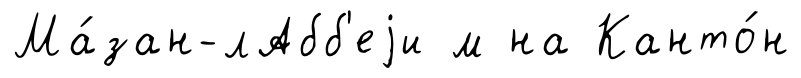
Ма́зан-лАбб'еjи м на Канто́н